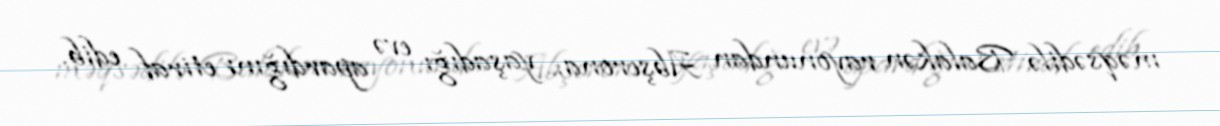
məqsədilə Balakən rayonundan Abşerona, yaşadığı evə apardığını etiraf edib.